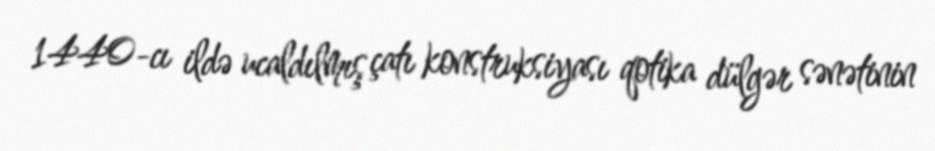
1440-cı ildə ucaldılmış çatı konstruksiyası qotika dülgər sənətinin